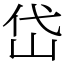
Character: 岱